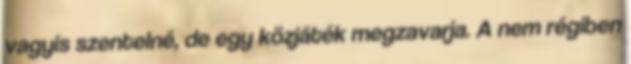
vagyis szentelné, de egy közjáték megzavarja. A nem régiben